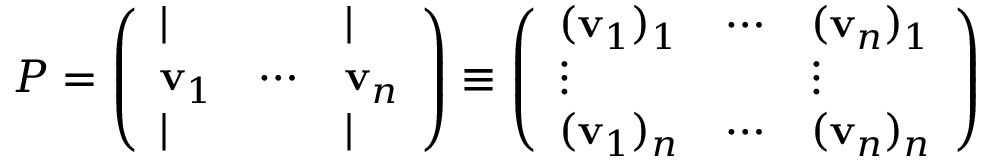
P = { \left( \begin{array} { l l l } { | } & { } & { | } \\ { \mathbf { v } _ { 1 } } & { \cdots } & { \mathbf { v } _ { n } } \\ { | } & { } & { | } \end{array} \right) } \equiv { \left( \begin{array} { l l l } { ( \mathbf { v } _ { 1 } ) _ { 1 } } & { \cdots } & { ( \mathbf { v } _ { n } ) _ { 1 } } \\ { \vdots } & { } & { \vdots } \\ { ( \mathbf { v } _ { 1 } ) _ { n } } & { \cdots } & { ( \mathbf { v } _ { n } ) _ { n } } \end{array} \right) }